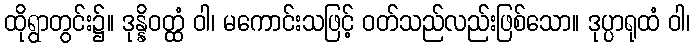
ထိုရွာတွင်း၌။ ဒုန္နိဝတ္ထံ ဝါ၊ မကောင်းသဖြင့် ဝတ်သည်လည်းဖြစ်သော။ ဒုပ္ပာရုထံ ဝါ၊